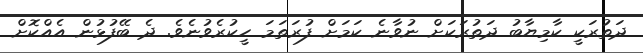
ދަތުރަކީ ކާމިޔާބު ދަތުރަކަށް ނުވާނެ ކަމަށް ފުރަތަަަމަ ހީކުރެވުނެވެ. ދެ ބޭފުޅުން އެއްކޮށް